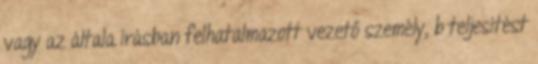
vagy az általa írásban felhatalmazott vezető személy, b teljesítést